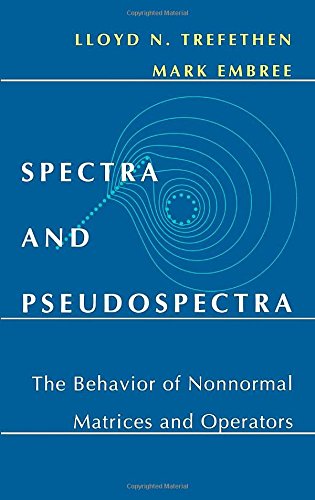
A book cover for Spectra and Pseudospectra: The Behavior of Nonnormal Matrices and Operators; Lloyd N. Trefethen; Science & Math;